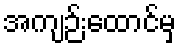
အကျဉ်းထောင်မှ